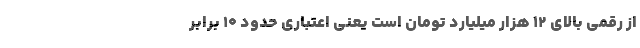
از رقمی بالای ۱۲ هزار میلیارد تومان است یعنی اعتباری حدود ۱۰ برابر